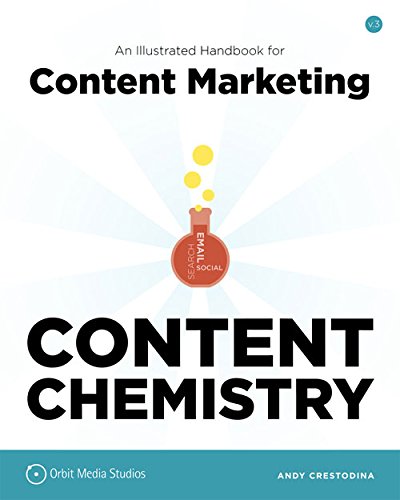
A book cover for Content Chemistry: An Illustrated Handbook for Content Marketing; Andy Crestodina; Computers & Technology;